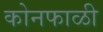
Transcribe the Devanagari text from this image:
कोनफाळी